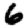
Digit: 6